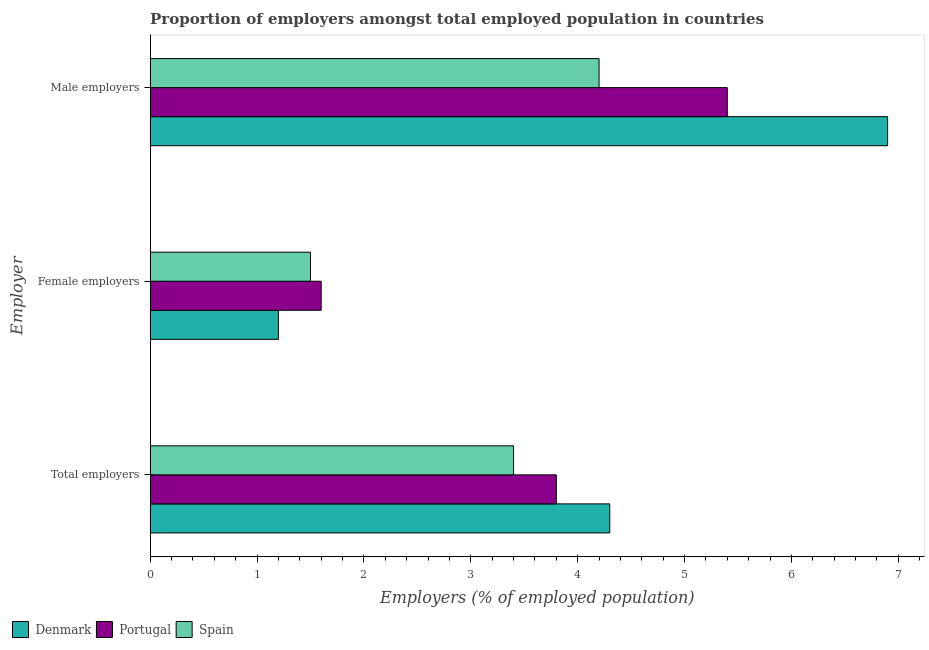
| Employer | Denmark | Portugal | Spain |
 | --- | --- | --- | --- |
 | Total employers | 4.3 | 3.8 | 3.4 |
 | Female employers | 1.2 | 1.6 | 1.5 |
 | Male employers | 6.9 | 5.4 | 4.2 |